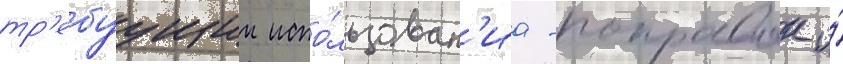
тр'ебуущии испо́льзован'иа -поправок и́